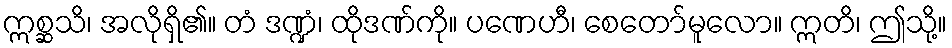
ဣစ္ဆသိ၊ အလိုရှိ၏။ တံ ဒဏ္ဍံ၊ ထိုဒဏ်ကို။ ပဏေဟီ၊ စေတော်မူလော။ ဣတိ၊ ဤသို့။